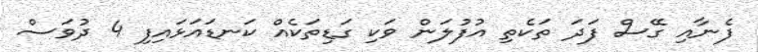
ފެނާއި ގޭސް ފަދަ ތަކެތި އުފުލަން ވަކި ގަޑިތަކެއް ކަނޑައަޅައިފި 4 ދުވަސް